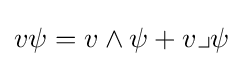
v\psi =v\wedge \psi +v\lrcorner \psi